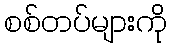
စစ်တပ်များကို